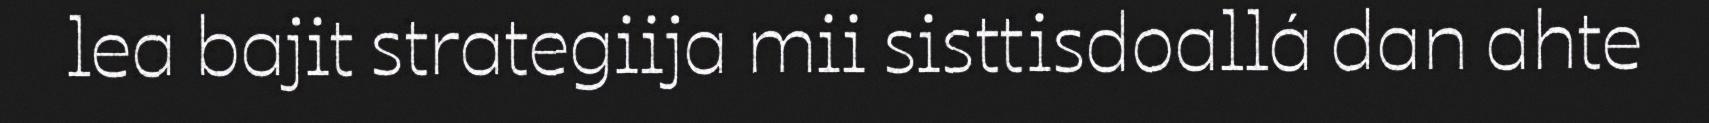
lea bajit strategiija mii sisttisdoallá dan ahte